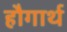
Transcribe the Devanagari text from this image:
हौगार्थ